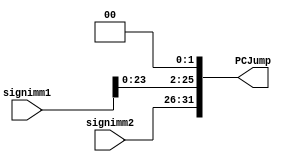
`timescale 1ns / 1ps
//////////////////////////////////////////////////////////////////////////////////
// Company: 
// Engineer: 
// 
// Design Name: 
// Module Name:    pcJump 
// Project Name: 
// Target Devices: 
// Tool versions: 
// Description: 
//
// Dependencies: 
//
// Revision: 
// Revision 0.01 - File Created
// Additional Comments: 
//
//////////////////////////////////////////////////////////////////////////////////
module pcJump(
input [25:0] signimm1,
input [5:0] signimm2,
output [31:0] PCJump
    );

assign PCJump[31:26] = signimm2;

assign PCJump[25:0] = signimm1 << 2;

endmodule